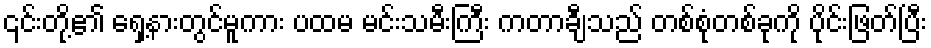
၎င်းတို့၏ ရှေ့နားတွင်မူကား ပထမ မင်းသမီးကြီး ကတာချီသည် တစ်စုံတစ်ခုကို ပိုင်းဖြတ်ပြီး